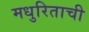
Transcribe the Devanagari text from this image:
मधुरिताची